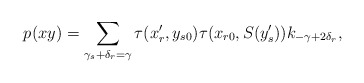
\begin{align*}p(xy)=\sum_{\gamma_s+\delta_r=\gamma}\tau(x'_r,y_{s0})\tau(x_{r0},S(y'_s))k_{-\gamma+2\delta_r},\end{align*}